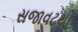
સજાવટથી